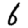
Digit: 6